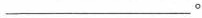
___。